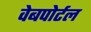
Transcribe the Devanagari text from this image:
वेबपोर्टल